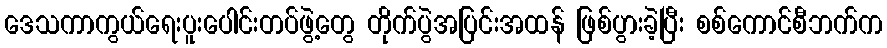
ဒေသကာကွယ်ရေးပူးပေါင်းတပ်ဖွဲ့တွေ တိုက်ပွဲအပြင်းအထန် ဖြစ်ပွားခဲ့ပြီး စစ်ကောင်စီဘက်က